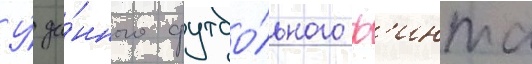
У́ да́нного футбо́льного ф'инта